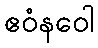
ဧဝံနဝေါ